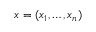
\boldsymbol { x } = ( x _ { 1 } , \dots , x _ { n } )